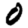
Digit: 0